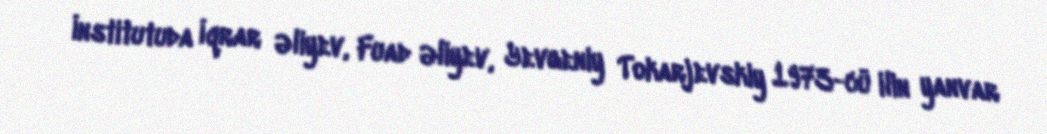
İnstitutuda İqrar Əliyev, Fuad Əliyev, Yevgeniy Tokarjevskiy 1973-cü ilin yanvar